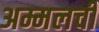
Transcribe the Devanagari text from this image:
अम्मलची